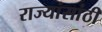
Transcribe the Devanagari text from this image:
राज्यांसांठी